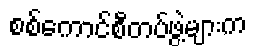
စစ်ကောင်စီတပ်ဖွဲ့များက